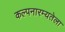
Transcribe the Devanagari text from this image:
कल्पनारम्यतेला